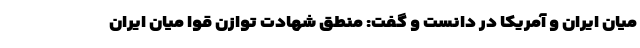
میان ایران و آمریکا در دانست و گفت: منطق شهادت توازن قوا میان ایران